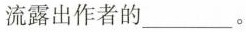
流露出作者的___。